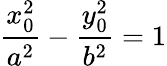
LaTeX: {\frac{x_{0}^{2}}{a^{2}}}-{\frac{y_{0}^{2}}{b^{2}}}=1